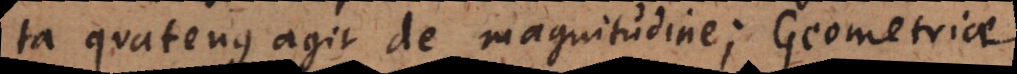
ta quatenus agit de magnitudine; Geometriae